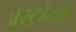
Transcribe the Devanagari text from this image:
ॲस्ट्रोटर्फ